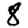
Digit: 8